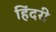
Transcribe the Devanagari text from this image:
हिंदरी